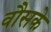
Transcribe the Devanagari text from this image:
वौसके